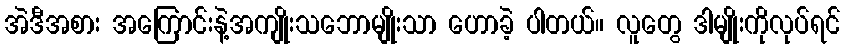
အဲဒီအစား အကြောင်းနဲ့အကျိုးသဘောမျိုးသာ ဟောခဲ့ ပါတယ်။ လူတွေ ဒါမျိုးကိုလုပ်ရင်